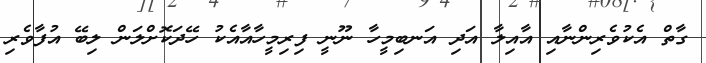
ގާތް އެކުވެރިންނާއި އާއިލާ އަދި އަނބިމީހާ ނޫނީ ފިރިމީހާއާއެކު ހޭދަކޮށްލަން ލިބޭ އުފާވެރި